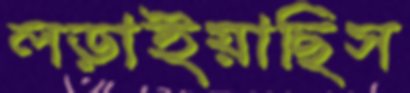
লড়াইয়াছিস